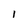
Character: 1